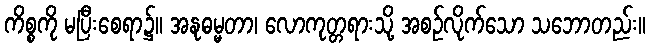
ကိစ္စကို မပြီးစေရာ၌။ အနုဓမ္မတာ၊ လောကုတ္တရားသို့ အစဉ်လိုက်သော သဘောတည်း။